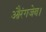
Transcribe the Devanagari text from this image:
औरंगजेब।